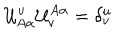
LaTeX: { \cal U } _ { A \alpha } ^ { u } { \cal U } _ { v } ^ { A \alpha } = \delta _ { v } ^ { u }